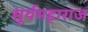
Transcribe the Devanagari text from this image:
सूर्यमहाराज